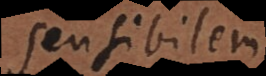
sensibilem